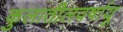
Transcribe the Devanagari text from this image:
कुलातीलवर्षायू